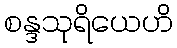
စန္ဒသုရိယေဟိ